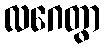
လဂေတွာ